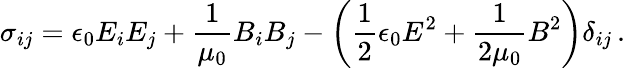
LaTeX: \sigma_{ij}=\epsilon_{0}E_{i}E_{j}+{\frac{1}{\mu_{0}}}B_{i}B_{j}-\left({\frac{1}{2}}\epsilon_{0}E^{2}+{\frac{1}{2\mu_{0}}}B^{2}\right)\delta_{ij}\, .